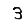
Digit: 3